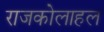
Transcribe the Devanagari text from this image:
राजकोलाहल